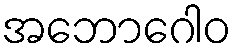
အဘောဂေါဝ